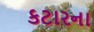
કટારના